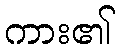
ကား၏